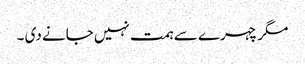
مگر چہرے سے ہمت نہیں جانے دی ۔